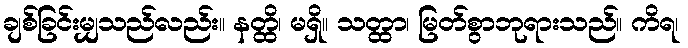
ချစ်ခြင်းမျှသည်လည်း။ နတ္ထိ၊ မရှိ။ သတ္ထာ၊ မြတ်စွာဘုရားသည်။ ကိရ၊